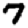
Digit: 7